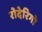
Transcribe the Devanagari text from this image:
रोदेरिगो